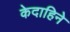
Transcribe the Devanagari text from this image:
केदाहिने